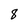
Character: 8